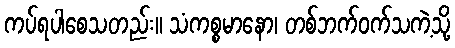
ကပ်ရပါစေသတည်း။ သံကစ္စမာနော၊ တစ်ဘက်ဝက်သကဲ့သို့